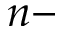
n -